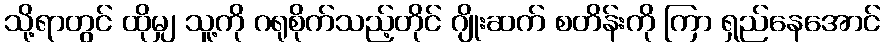
သို့ရာတွင် ထိုမျှ သူ့ကို ဂရုစိုက်သည့်တိုင် ဂျိုးဆက် စတိန်းကို ကြာ ရှည်နေအောင်